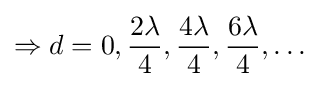
\Rightarrow d=0,{2\lambda  \over 4},{4\lambda  \over 4},{6\lambda  \over 4},\ldots